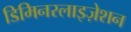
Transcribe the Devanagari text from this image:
डिमिनरलाइज़ेशन